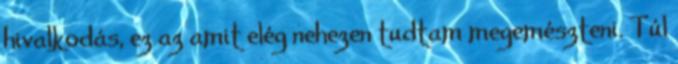
hivalkodás, ez az amit elég nehezen tudtam megemészteni. Túl